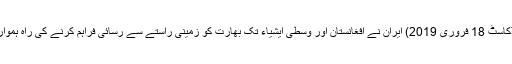
اُردونیٹ پوڈکاسٹ 18 فروری 2019) ایران نے افغانستان اور وسطی ایشیاء تک بھارت کو زمینی راستے سے رسائی فراہم کرنے کی راہ ہموار کردی ہے۔